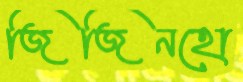
জিজিনহো